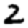
Digit: 2